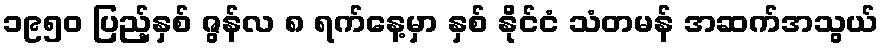
၁၉၅၀ ပြည့်နှစ် ဇွန်လ ၈ ရက်နေ့မှာ နှစ် နိုင်ငံ သံတမန် အဆက်အသွယ်